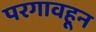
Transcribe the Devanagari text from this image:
परगावहून